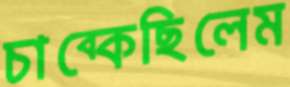
চাব্‌কেছিলেম